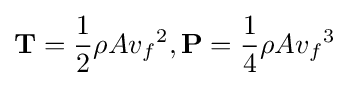
\mathbf {T} ={\frac {1}{2}}\rho A{v_{f}}^{2},\mathbf {P} ={\frac {1}{4}}\rho A{v_{f}}^{3}